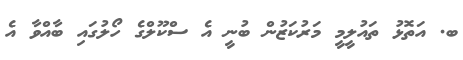
ބ. އަތޮޅު ތައުލީމީ މަރުކަޒުން ބުނީ އެ ސްކޫލްގެ ހޯލުގައި ބާއްވާ އެ